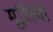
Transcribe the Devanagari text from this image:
मूतिर्यो